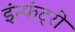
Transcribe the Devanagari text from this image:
इंन्फंट्री